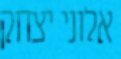
אלוני יצחק